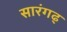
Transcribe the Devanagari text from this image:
सारंगढ्